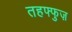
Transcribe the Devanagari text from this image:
तहफ्फुज़